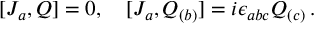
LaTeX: [ J _ { a } , Q ] = 0 , \ \ \ [ J _ { a } , Q _ { ( b ) } ] = i \epsilon _ { a b c } Q _ { ( c ) } \, .